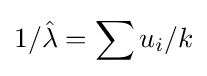
1/{\hat {\lambda }}=\sum u_{i}/k